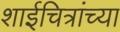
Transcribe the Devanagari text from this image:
शाईचित्रांच्या